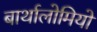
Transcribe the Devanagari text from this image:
बार्थालोमियो